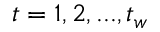
t = 1 , 2 , . . . , t _ { w }